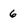
Character: 6